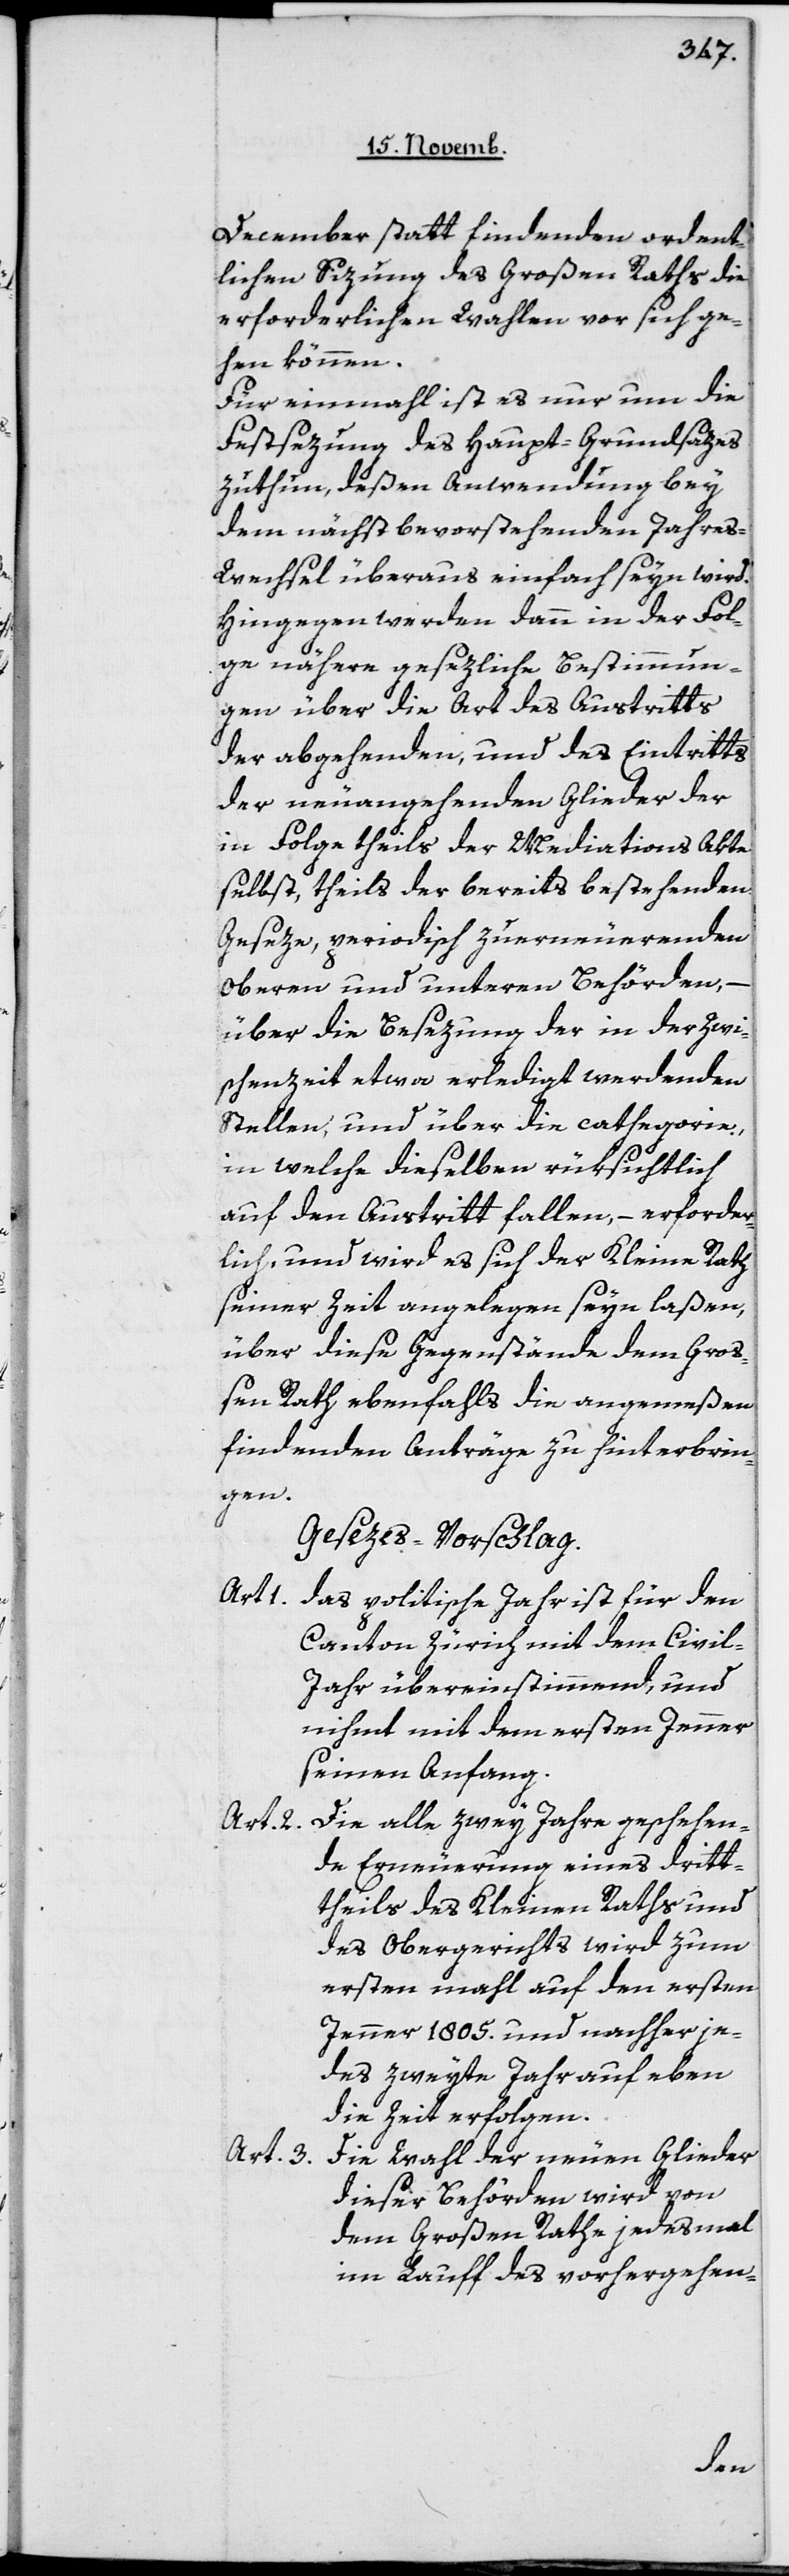
December stattfindenden ordent¬
lichen Sizung des Großen Raths die
erforderlichen Wahlen vor sich ge¬
hen können.
Für einmahl ist es nur um die
Festsezung des Haupt-Grundsazes
zu thun, deßen Anwendung bey
dem nächstbevorstehenden Jahres¬
wechsel überaus einfach seyn wir¬
d.Hingegen werden dann in der Fol¬
ge nähere gesezliche Bestimmun¬
gen über die Art des Austritts
der abgehenden und des Eintritts
der neuangehenden Glieder der
in Folge theils der Mediations Akte
selbst, theils der bereits bestehenden
Geseze, periodisch zu erneuerenden
oberen und unteren Behörden,
über die Besezung der in der Zwi¬
schenzeit etwa erledigt werdenden
Stellen, und über die cathegorie,
in welche dieselben rüksichtlich
auf den Austritt fallen, – erforder¬
lich, und wird es sich der Kleine Rath
seiner Zeit angelegen sein laßen,
über diese Gegenstände dem Gro¬
ßen Rath ebenfalls die angemeßen
findenden Anträge zu hinterbrin¬
gen.
Gesezes-Vorschlag.
Art.
Das politische Jahr ist für den
Canton Zürich mit dem Civil¬
jahr übereinstimmend und
nimmt mit dem ersten Jenner
seinen Anfang.
Die alle zwey Jahre geschehen¬
Art. 2
de Erneuerung eines Drit¬
theils des Kleinen Raths und
des Obergerichts wird zum
ersten mahl auf den ersten
Jenner 1805 und nachher je¬
des zweyte Jahr auf eben
die Zeit erfolgen.
Art. 3
Die Wahl der neuen Glieder
dieser Behörden wird von
dem Großen Rathe jedesmal
im Lauff des vorhergehen-